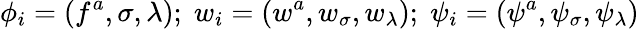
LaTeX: \phi_{i}=(f^{a},\sigma,\lambda);\; w_{i}=(w^{a},w_{\sigma},w_{\lambda});\; \psi_{i}=(\psi^{a},\psi_{\sigma},\psi_{\lambda})